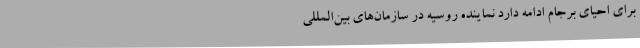
برای احیای برجام ادامه دارد نماینده روسیه در سازمان‌های بین‌المللی